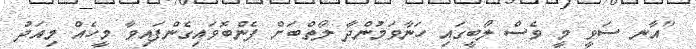
"އާނ ސަވީ މީ ވެސް ލޯބީގައި ހަނާވަމުންދާ ލޯތްބަށް ފެންބޮވައިގެންފައިވާ މީހެއް މިއަދު